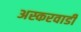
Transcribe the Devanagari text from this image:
अस्करवाडी